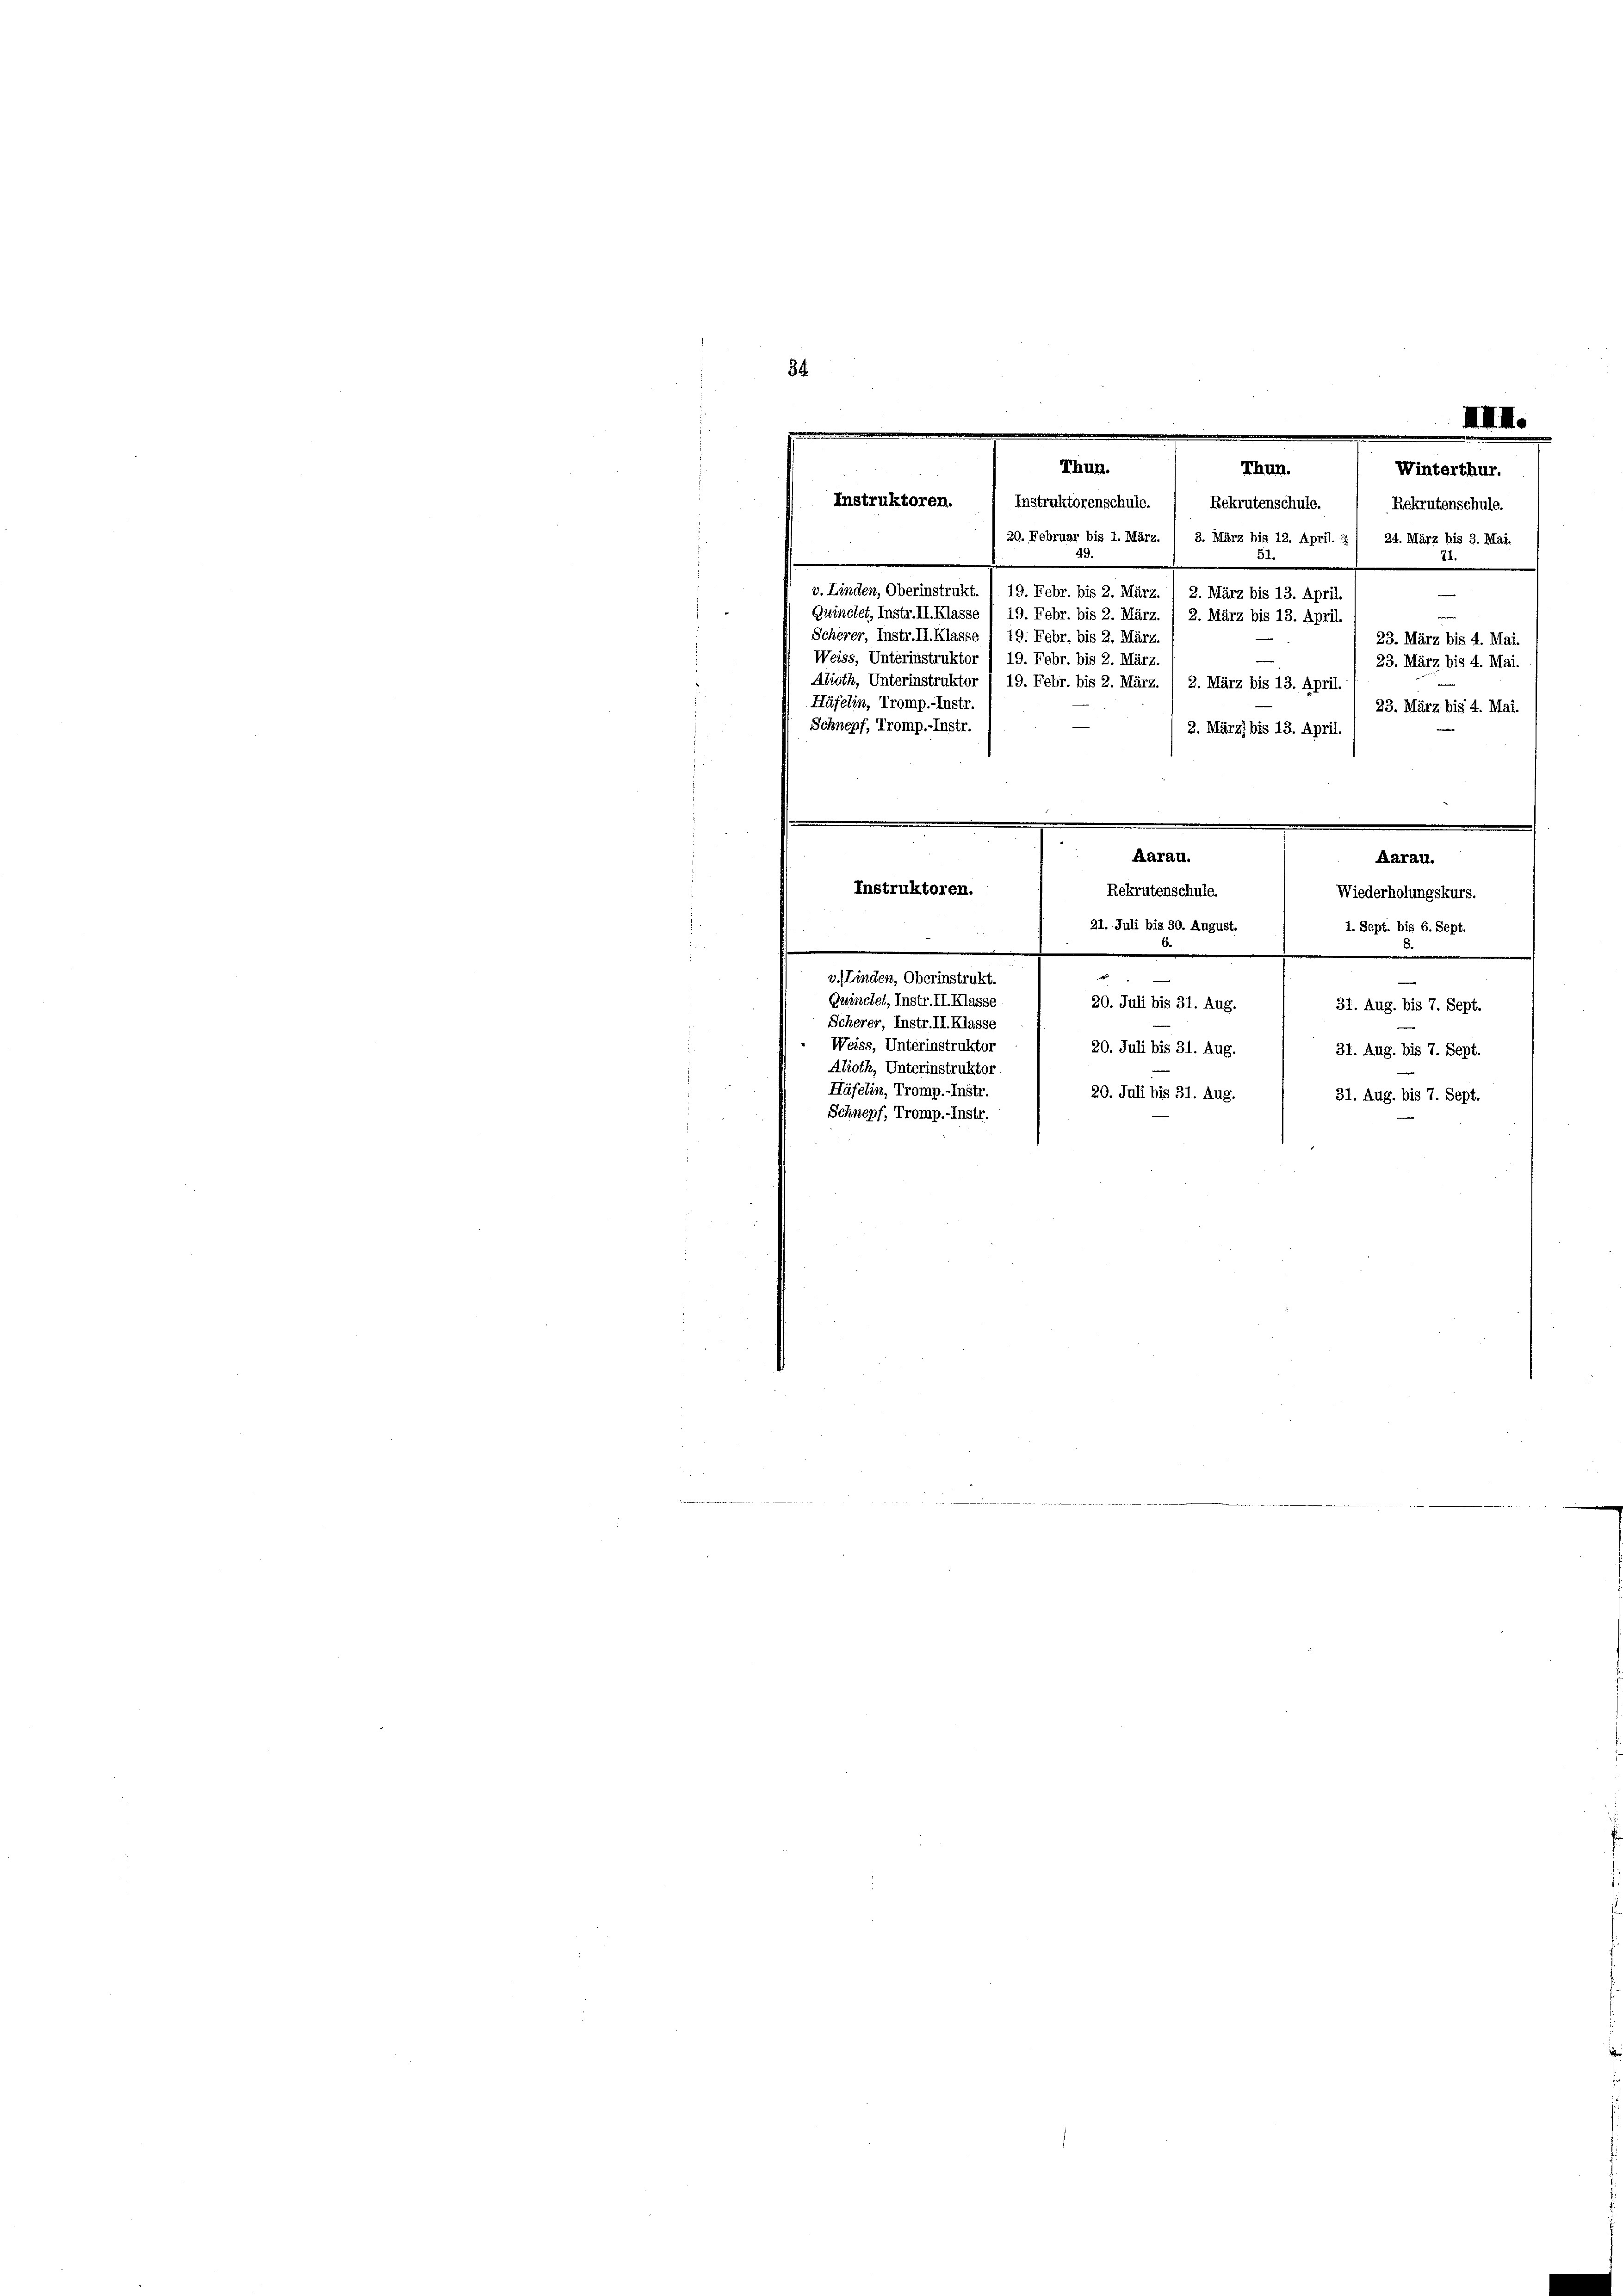
34

20. Februar bis 1. März. / 3. März bis 12. April. :/ 24. März bis 3. Mai,
51
49.
v. Linden, Oberinstrukt. ) 19. Febr. bis 2. März. ) 2. März bis 13. April.
Guinclet, Instr. II. Klasse /19. Febr. bis 2. März. / 2. März bis 13. April.
Scherer, Instr. II. Klasse I 19. Febr. bis 2. März.
23. März bis 4. Mai.
Weiss, Unterinstruktor / 19. Febr. bis 2. März.
23. März bis 4. Mai.
Alioth, Unterinstruktor /19. Febr. bis 2. März. / 2. März bis 13. April.
Häfelin, Tromp.-Instr.
23. März bis 4. Mai.
Schnepf, Tromp.-Instr.
2. März, bis 13. April.
¬
Aarau.

Thun.
Instruktoren. / Instruktorenschule.  Rekrutenschule.  Rekrutenschule.

Aarau.
Instruktoren.
Rekrutenschule.
Wiederholungskurs.
1. Sept. bis 6. Sept.
21. Juli bis 30. August.
.

8.
20. Juli bis 31. Aug.
31. Aug. bis 7. Sept.
20. Juli bis 31. Aug.
31. Aug. bis 7. Sept.
20. Juli bis 31. Aug.
31. Aug. bis 7. Sept.
Schnepf, Tromp.-Instr.

v. Linden, Oberinstrukt.
Gwinchet, Instr. II. Klasse
Scherer, Instr. II. Klasse
Weiss, Unterinstruktor
Alioth, Unterinstruktor
Häfelin, Tromp.-Instr.

.

IIII.
Thun.
Winterthur.